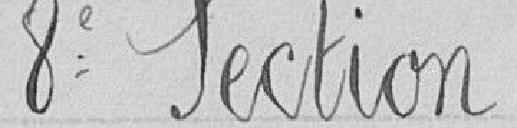
8e Section